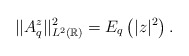
\begin{align*}||A_q^z||^2_{L^2(\mathbb R)}=E_q\left(|z|^2\right).\end{align*}